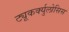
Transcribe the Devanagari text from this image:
ट्यूकर्क्युलोसिस